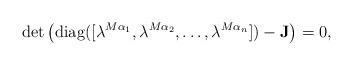
LaTeX: \begin{align*}\det \left({\rm diag}([\lambda^{M\alpha_1}, \lambda^{M\alpha_2},\ldots, \lambda^{M\alpha_n}])-\mathbf{J} \right)=0,\end{align*}